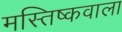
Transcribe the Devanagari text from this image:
मस्तिष्कवाला